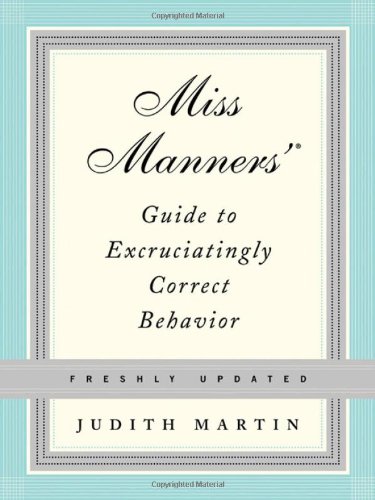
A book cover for Miss Manners' Guide to Excruciatingly Correct Behavior (Freshly Updated); Judith Martin; Reference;